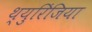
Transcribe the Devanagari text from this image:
थ्युरिंजिया